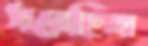
সরেছিল